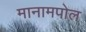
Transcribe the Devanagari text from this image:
मानामपोल